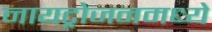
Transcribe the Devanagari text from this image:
नायट्रोजनमध्ये